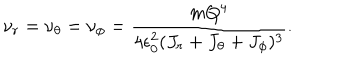
LaTeX: \nu _ { r } = \nu _ { \theta } = \nu _ { \phi } = { \frac { m Q ^ { 4 } } { 4 \epsilon _ { 0 } ^ { 2 } ( J _ { r } + J _ { \theta } + J _ { \phi } ) ^ { 3 } } } .